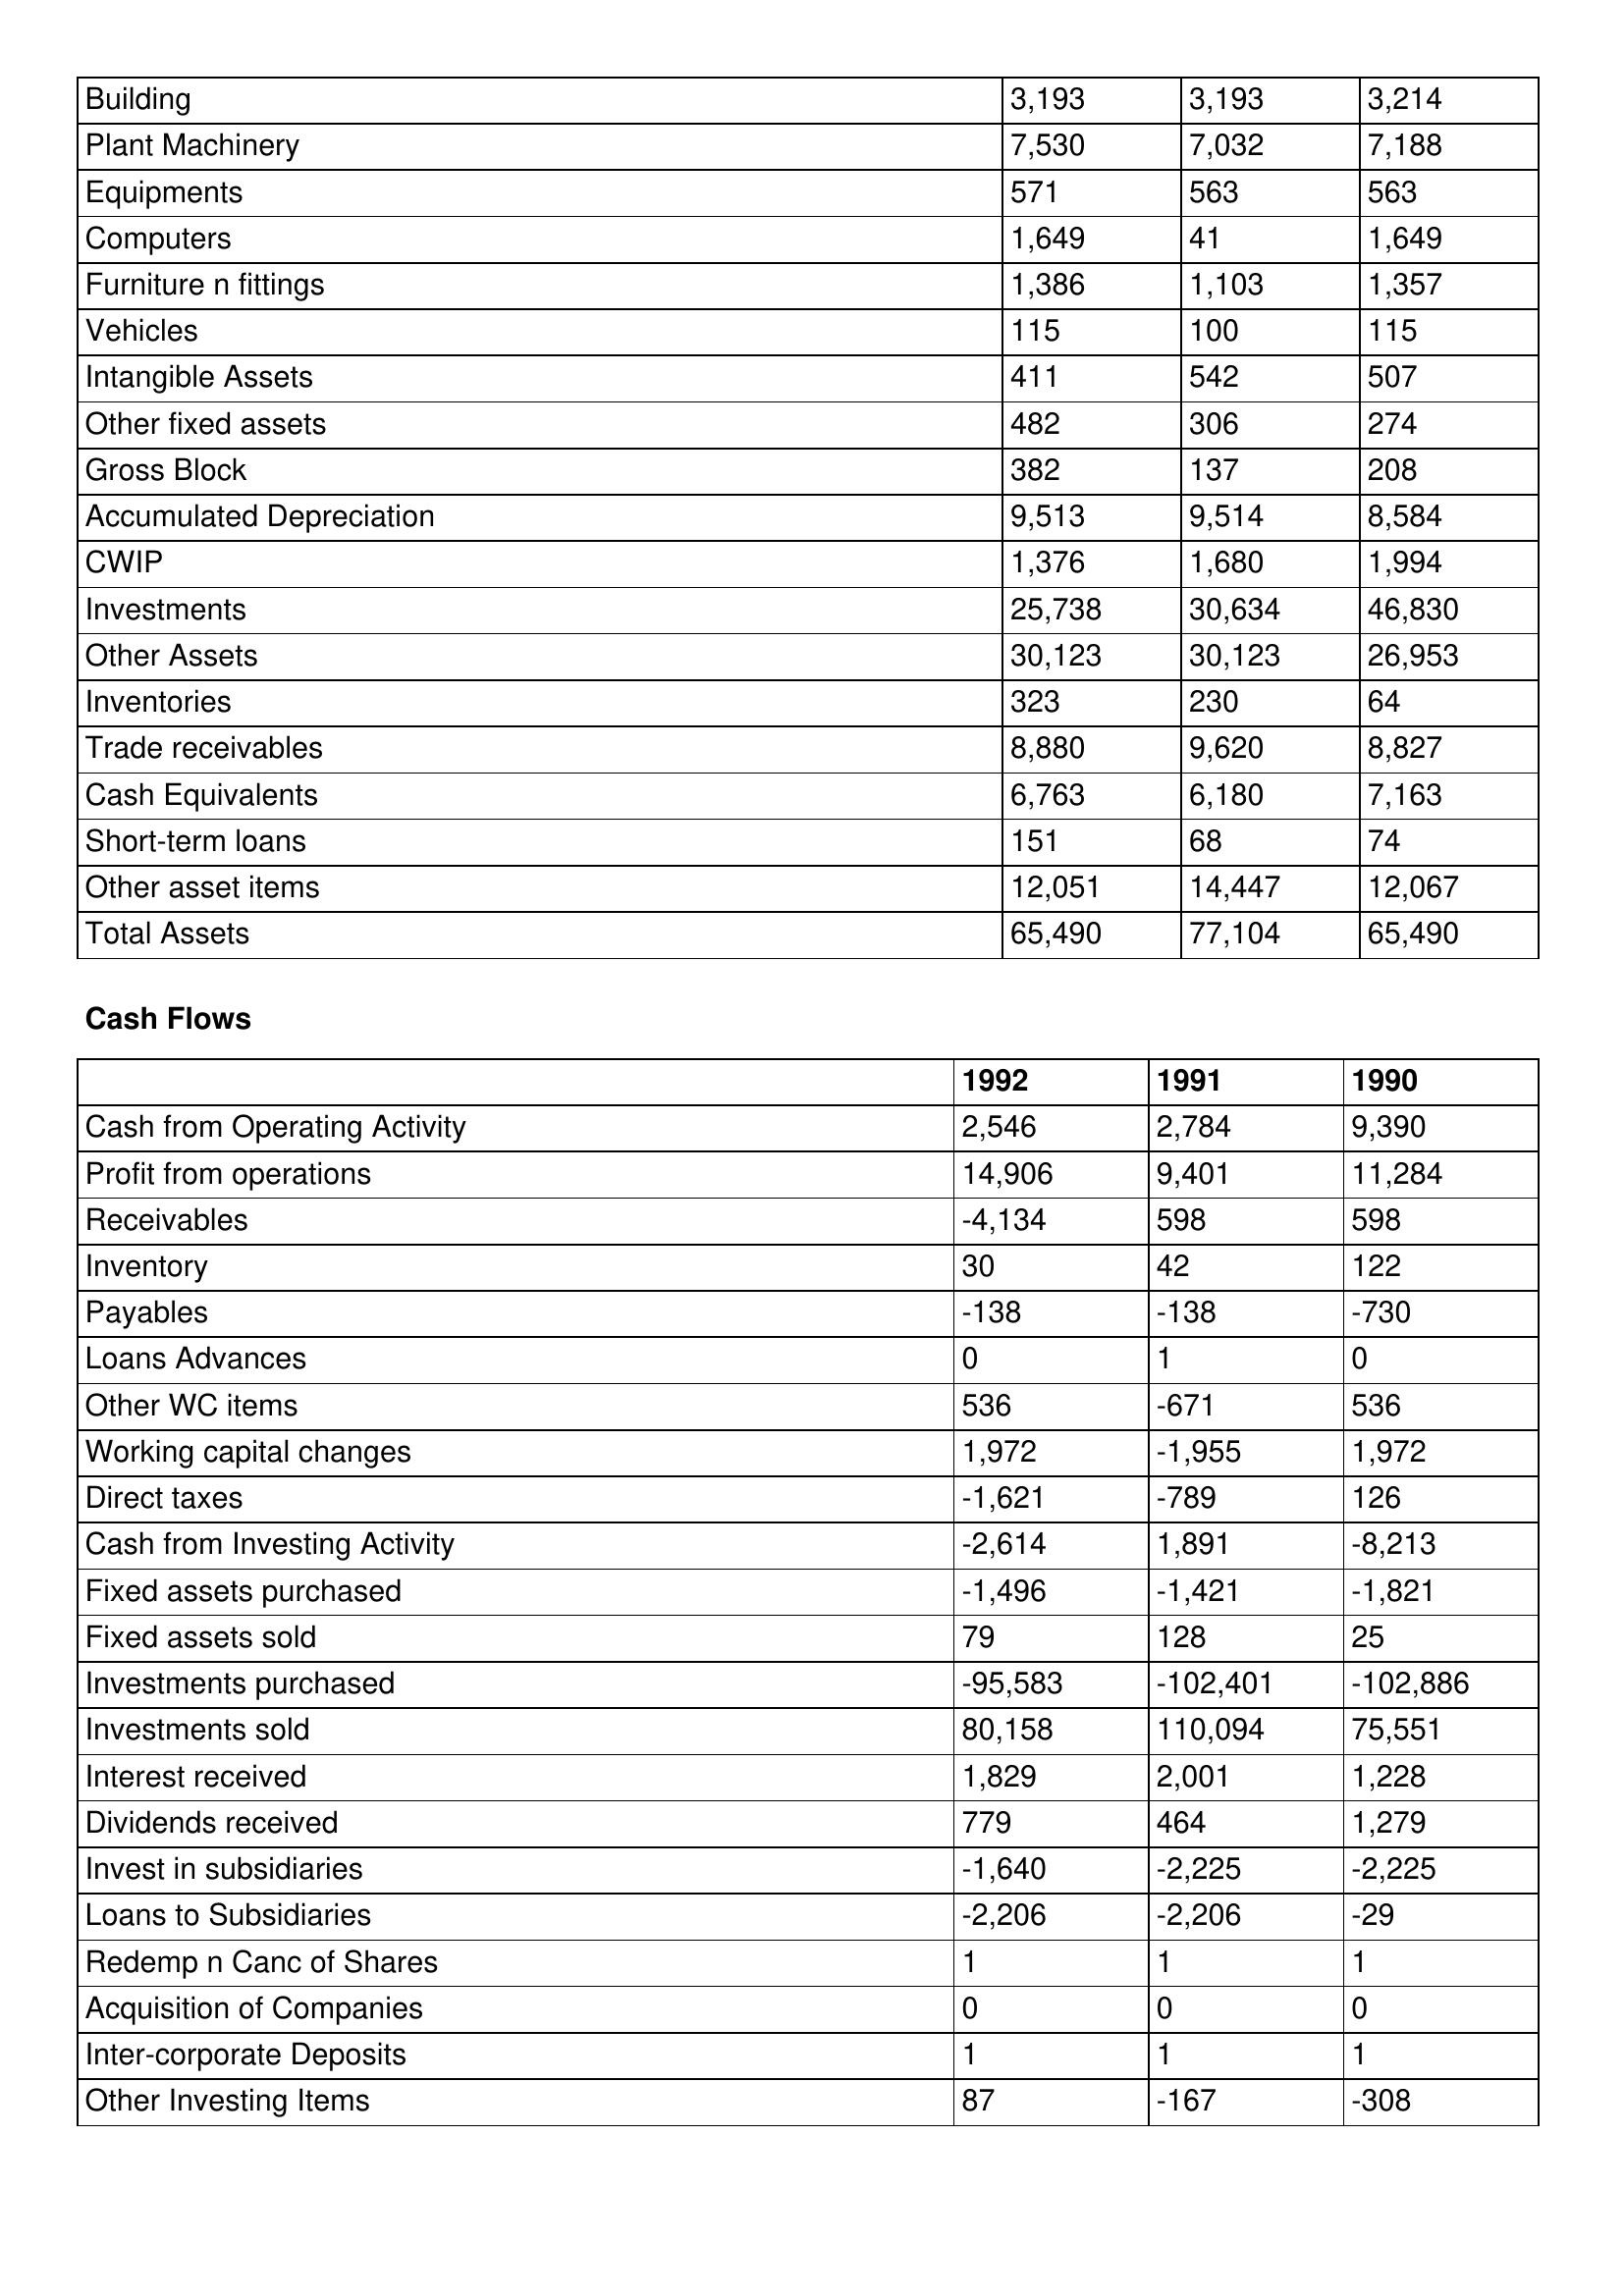
gt_parse: 1992: Balance Sheet: Building: 3,193
Plant Machinery: 7,530
Equipments: 571
Computers: 1,649
Furniture n fittings: 1,386
Vehicles: 115
Intangible Assets: 411
Other fixed assets: 482
Gross Block: 382
Accumulated Depreciation: 9,513
CWIP: 1,376
Investments: 25,738
Other Assets: 30,123
Inventories: 323
Trade receivables: 8,880
Cash Equivalents: 6,763
Short-term loans: 151
Other asset items: 12,051
Total Assets: 65,490
Cash Flows: Cash from Operating Activity: 2,546
Profit from operations: 14,906
Receivables: -4,134
Inventory: 30
Payables: -138
Loans Advances: 0
Other WC items: 536
Working capital changes: 1,972
Direct taxes: -1,621
Cash from Investing Activity: -2,614
Fixed assets purchased: -1,496
Fixed assets sold: 79
Investments purchased: -95,583
Investments sold: 80,158
Interest received: 1,829
Dividends received: 779
Invest in subsidiaries: -1,640
Loans to Subsidiaries: -2,206
Redemp n Canc of Shares: 1
Acquisition of Companies: 0
Inter-corporate Deposits: 1
Other Investing Items: 87
1991: Balance Sheet: Building: 3,193
Plant Machinery: 7,032
Equipments: 563
Computers: 41
Furniture n fittings: 1,103
Vehicles: 100
Intangible Assets: 542
Other fixed assets: 306
Gross Block: 137
Accumulated Depreciation: 9,514
CWIP: 1,680
Investments: 30,634
Other Assets: 30,123
Inventories: 230
Trade receivables: 9,620
Cash Equivalents: 6,180
Short-term loans: 68
Other asset items: 14,447
Total Assets: 77,104
Cash Flows: Cash from Operating Activity: 2,784
Profit from operations: 9,401
Receivables: 598
Inventory: 42
Payables: -138
Loans Advances: 1
Other WC items: -671
Working capital changes: -1,955
Direct taxes: -789
Cash from Investing Activity: 1,891
Fixed assets purchased: -1,421
Fixed assets sold: 128
Investments purchased: -102,401
Investments sold: 110,094
Interest received: 2,001
Dividends received: 464
Invest in subsidiaries: -2,225
Loans to Subsidiaries: -2,206
Redemp n Canc of Shares: 1
Acquisition of Companies: 0
Inter-corporate Deposits: 1
Other Investing Items: -167
1990: Balance Sheet: Building: 3,214
Plant Machinery: 7,188
Equipments: 563
Computers: 1,649
Furniture n fittings: 1,357
Vehicles: 115
Intangible Assets: 507
Other fixed assets: 274
Gross Block: 208
Accumulated Depreciation: 8,584
CWIP: 1,994
Investments: 46,830
Other Assets: 26,953
Inventories: 64
Trade receivables: 8,827
Cash Equivalents: 7,163
Short-term loans: 74
Other asset items: 12,067
Total Assets: 65,490
Cash Flows: Cash from Operating Activity: 9,390
Profit from operations: 11,284
Receivables: 598
Inventory: 122
Payables: -730
Loans Advances: 0
Other WC items: 536
Working capital changes: 1,972
Direct taxes: 126
Cash from Investing Activity: -8,213
Fixed assets purchased: -1,821
Fixed assets sold: 25
Investments purchased: -102,886
Investments sold: 75,551
Interest received: 1,228
Dividends received: 1,279
Invest in subsidiaries: -2,225
Loans to Subsidiaries: -29
Redemp n Canc of Shares: 1
Acquisition of Companies: 0
Inter-corporate Deposits: 1
Other Investing Items: -308